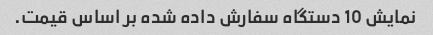
نمایش 10 دستگاه سفارش داده شده بر اساس قیمت.